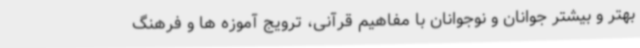
بهتر و بیشتر جوانان و نوجوانان با مفاهیم قرآنی، ترویج آموزه ها و فرهنگ